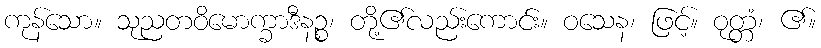
ကုန်သော။ သုညတဝိမောက္ခာဒီနဉ္စ၊ တို့၏လည်းကောင်း။ ဝသေန၊ ဖြင့်။ ဝုတ္တံ၊ ၏။